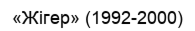
«Жігер» (1992-2000)